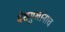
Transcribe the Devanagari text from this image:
देशमुखांनाच